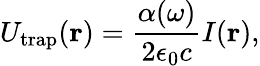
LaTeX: U_{\mathrm{trap}}(\mathbf{r})=\frac{\alpha(\omega)}{2\epsilon_{0}c}I(\mathbf{r}),